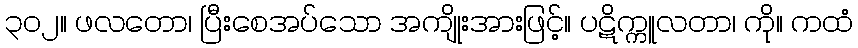
၃၀၂။ ဖလတော၊ ပြီးစေအပ်သော အကျိုးအားဖြင့်။ ပဋိက္ကူလတာ၊ ကို။ ကထံ